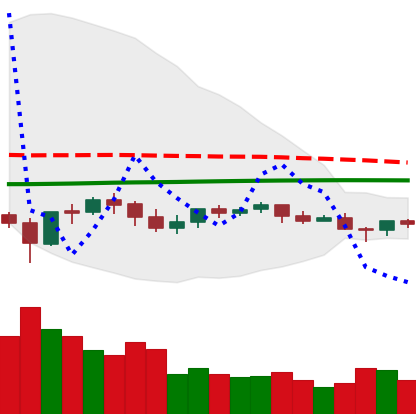
Ticker: LTC-USD
Chart end date: 2021-06-10
Forward return: 6.216%
Label: up_5_7